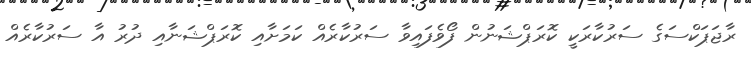
ރާޖަޕަކްސަގެ ސަރުކާރަކީ ކޮރަޕްޝަނުން ފޯވެފައިވާ ސަރުކާރެއް ކަމަށާއި ކޮރަޕްޝަނާއި ދުރު އާ ސަރުކާރެއް